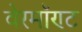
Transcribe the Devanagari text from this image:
वेरमॉण्ट